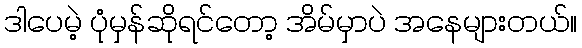
ဒါပေမဲ့ ပုံမှန်ဆိုရင်တော့ အိမ်မှာပဲ အနေများတယ်။